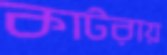
কাটরায়